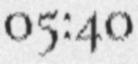
05:40